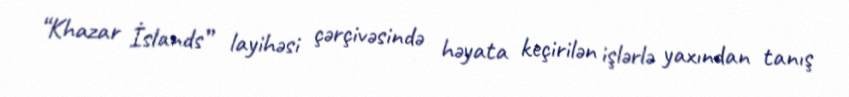
“Khazar İslands” layihəsi çərçivəsində həyata keçirilən işlərlə yaxından tanış